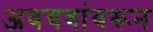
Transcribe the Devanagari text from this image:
अवयवांवरून